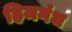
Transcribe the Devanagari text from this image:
हिमगंध